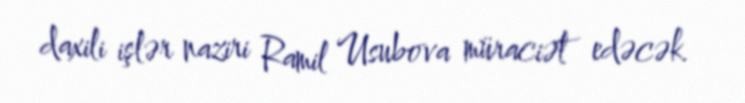
daxili işlər naziri Ramil Usubova müraciət edəcək.